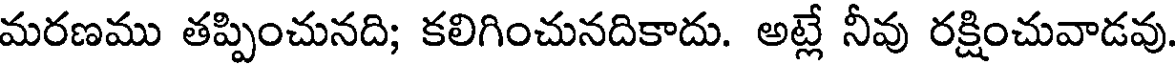
మరణము తప్పించునది; కలిగించునదికాదు. అట్లే నీవు రక్షించువాడవు